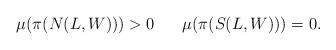
LaTeX: \begin{align*}\begin{array}{ccc}\mu(\pi(N(L,W)))>0 & & \mu(\pi(S(L,W)))=0.\end{array}\end{align*}